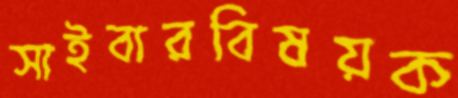
সাইবারবিষয়ক